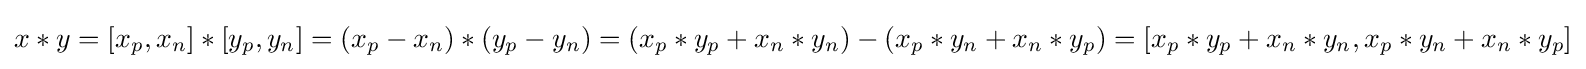
x*y=[x_{p},x_{n}]*[y_{p},y_{n}]=(x_{p}-x_{n})*(y_{p}-y_{n})=(x_{p}*y_{p}+x_{n}*y_{n})-(x_{p}*y_{n}+x_{n}*y_{p})=[x_{p}*y_{p}+x_{n}*y_{n},x_{p}*y_{n}+x_{n}*y_{p}]